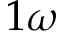
1 \omega